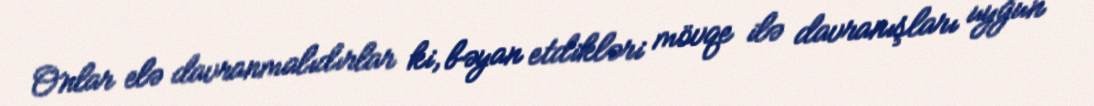
Onlar elə davranmalıdırlar ki, bəyan etdikləri mövqe ilə davranışları uyğun